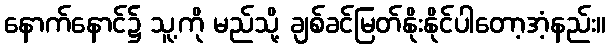
နောက်နောင်၌ သူ့ကို မည်သို့ ချစ်ခင်မြတ်နိုးနိုင်ပါတော့အံ့နည်း။